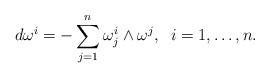
LaTeX: \begin{align*} & d\omega^i=-\sum_{j=1}^n \omega^i_j\wedge \omega^j,\;\; i=1,\ldots,n. \end{align*}